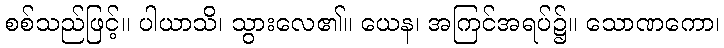
စစ်သည်ဖြင့်။ ပါယာသိ၊ သွားလေ၏။ ယေန၊ အကြင်အရပ်၌။ သောဏကော၊